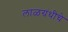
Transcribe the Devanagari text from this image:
लाळग्रंथीचे